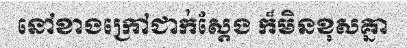
នៅខាងក្រៅជាក់ស្តែង ក៏មិនខុសគ្នា